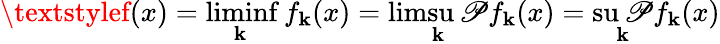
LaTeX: \textstylef(x)=\operatorname*{liminf}_{\mathbf{k}}f_{\mathbf{k}}(x)=\operatorname*{limsu\mathscr{P}}_{\mathbf{k}}f_{\mathbf{k}}(x)=\operatorname*{su\mathscr{P}}_{\mathbf{k}}f_{\mathbf{k}}(x)